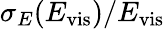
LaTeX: \sigma_{E}(E_{\mathrm{vis}})/E_{\mathrm{vis}}